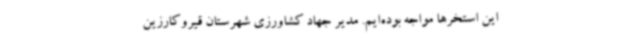
این استخرها مواجه بوده‌ایم. مدیر جهاد کشاورزی شهرستان قیروکارزین